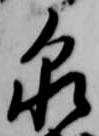
泉